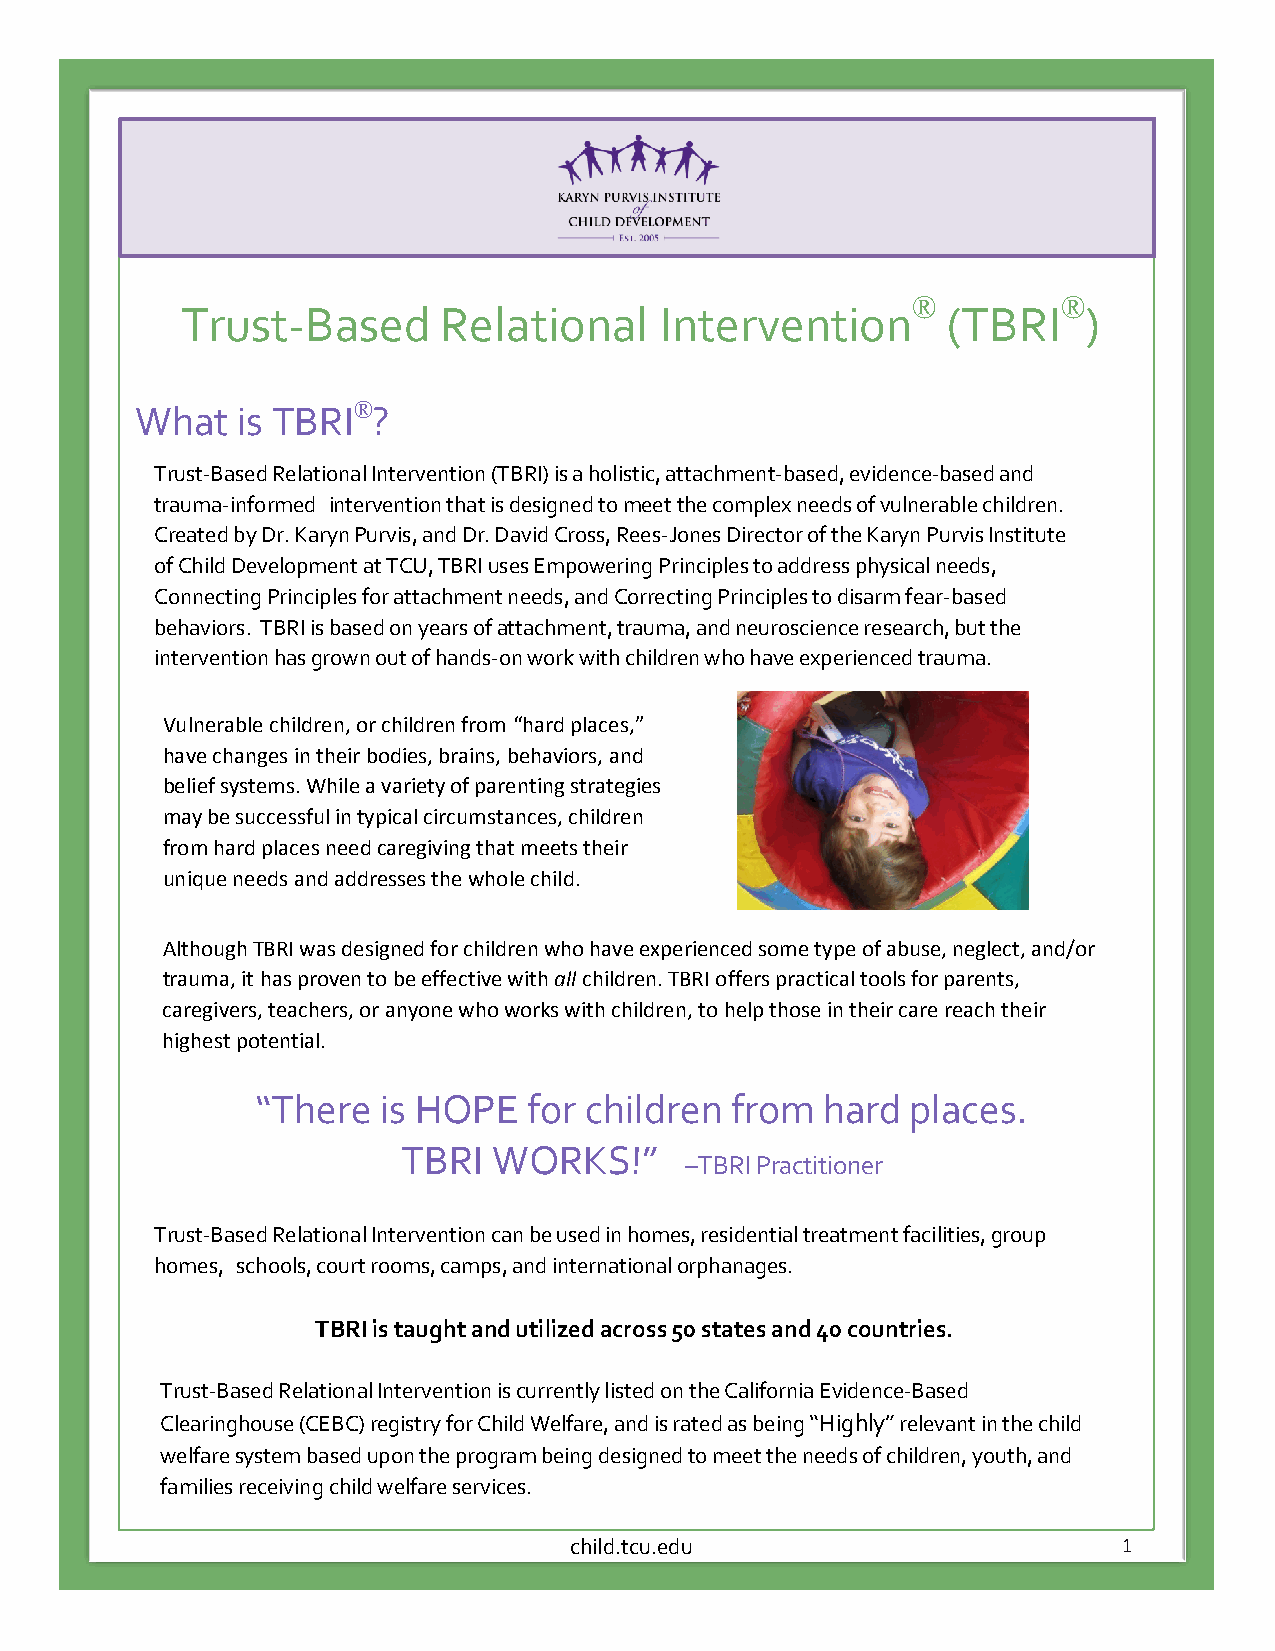
;
 TCU Institute of Child Development                       Summer 2014
 ®         ®
 Trust-Based      Relational     Intervention       (TBRI    )
 What   is TBRI®?
 Trust-Based Relational Intervention (TBRI) is a holistic, attachment-based, evidence-based and
 trauma-informed intervention that is designed to meet the complex needs of vulnerable children.
 Created by Dr. Karyn Purvis, and Dr. David Cross, Rees-Jones Director of the Karyn Purvis Institute
 of Child Development at TCU, TBRI uses Empowering Principles to address physical needs,
 Connecting Principles for attachment needs, and Correcting Principles to disarm fear-based
 behaviors. TBRI is based on years of attachment, trauma, and neuroscience research, but the
 intervention has grown out of hands-on work with children who have experienced trauma.
 Vulnerable children, or children from “hard places,”
 have changes in their bodies, brains, behaviors, and
 belief systems. While a variety of parenting strategies
 may be successful in typical circumstances, children
 from hard places need caregiving that meets their
 unique needs and addresses the whole child.
 Although TBRI was designed for children who have e xperienced some type of abuse, neglect, and/or
 trauma, it has proven to be effective with all children. TBRI offers practical tools for parents,
 caregivers, teachers, or anyone who works with children, to help those in their care reach their
 highest potential.
 “There  is HOPE   for children from  hard  places.
 TBRI  WORKS!”
 –TBRI Practitioner
 Trust-Based Relational Intervention can be used in homes, residential treatment facilities, group
 homes, schools, court rooms, camps, and international orphanages.
 TBRI is taught and utilized across 50 states and 40 countries.
 Trust-Based Relational Intervention is currently listed on the California Evidence-Based
 Clearinghouse (CEBC) registry for Child Welfare, and is rated as being “Highly” relevant in the child
 welfare system based upon the program being designed to meet the needs of children, youth, and
 families receiving child welfare services.
 child.tcu.edu                       1